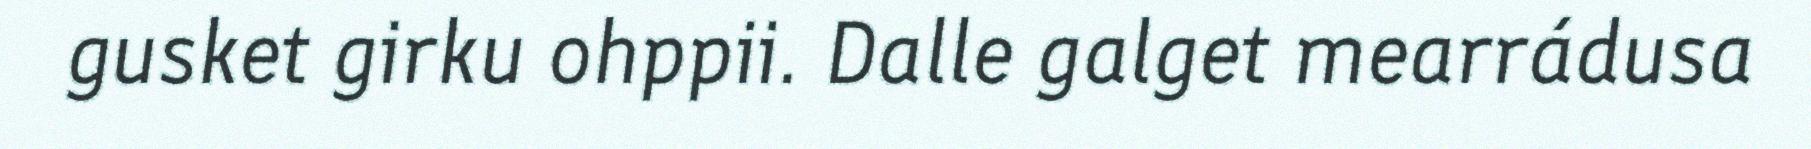
gusket girku ohppii. Dalle galget mearrádusa